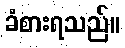
ခံစားရသည်။